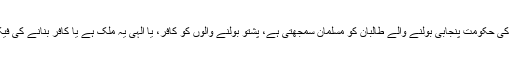
پنجاب کی حکومت پنجابی بولنے والے طالبان کو مسلمان سمجھتی ہے، پشتو بولنے والوں کو کافر، یا الہی یہ ملک ہے یا کافر بنانے کی فیکٹری؟